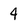
Character: 4